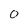
Character: 0